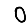
Digit: 0